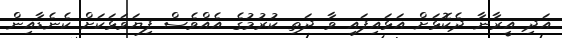
އަދި އީރާނާ ދެކޮޅަށް އަޅައިފައި ވާ ދަތި ކުރުމުގެ އެއްވެސް ފިޔަވަޅަކަށް ކެނެޑާއިން